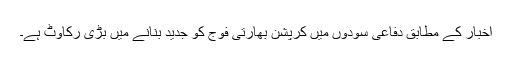
اخبار کے مطابق دفاعی سودوں میں کرپشن بھارتی فوج کو جدید بنانے میں بڑی رکاوٹ ہے۔